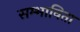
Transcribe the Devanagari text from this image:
सम्भाविता